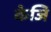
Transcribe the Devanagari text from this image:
केजि